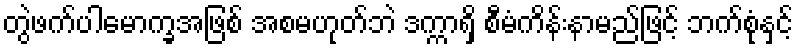
တွဲဖက်ပါမောက္ခအဖြစ် အစမဟုတ်ဘဲ ဒက္ကာရှိ စီမံကိန်းနာမည်ဖြင့် ဘက်စုံနှင့်